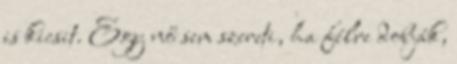
is kicsit. Egy nő sem szereti, ha félre dobják,